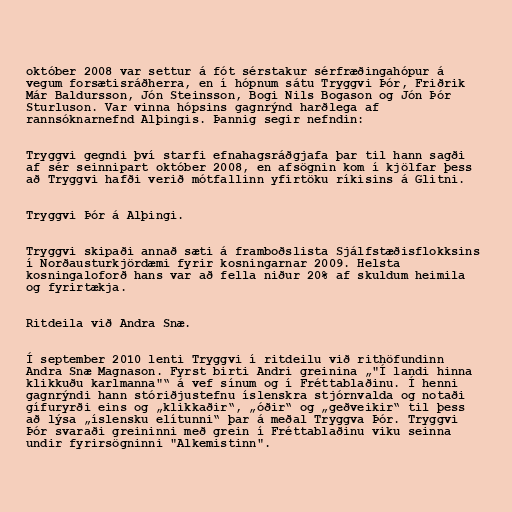
október 2008 var settur á fót sérstakur sérfræðingahópur á
vegum forsætisráðherra, en í hópnum sátu Tryggvi Þór, Friðrik
Már Baldursson, Jón Steinsson, Bogi Nils Bogason og Jón Þór
Sturluson. Var vinna hópsins gagnrýnd harðlega af
rannsóknarnefnd Alþingis. Þannig segir nefndin:

Tryggvi gegndi því starfi efnahagsráðgjafa þar til hann sagði
af sér seinnipart október 2008, en afsögnin kom í kjölfar þess
að Tryggvi hafði verið mótfallinn yfirtöku ríkisins á Glitni.

Tryggvi Þór á Alþingi.

Tryggvi skipaði annað sæti á framboðslista Sjálfstæðisflokksins
í Norðausturkjördæmi fyrir kosningarnar 2009. Helsta
kosningaloforð hans var að fella niður 20% af skuldum heimila
og fyrirtækja.

Ritdeila við Andra Snæ.

Í september 2010 lenti Tryggvi í ritdeilu við rithöfundinn
Andra Snæ Magnason. Fyrst birti Andri greinina „"Í landi hinna
klikkuðu karlmanna"“ á vef sínum og í Fréttablaðinu. Í henni
gagnrýndi hann stóriðjustefnu íslenskra stjórnvalda og notaði
gífuryrði eins og „klikkaðir“, „óðir“ og „geðveikir“ til þess
að lýsa „íslensku elítunni“ þar á meðal Tryggva Þór. Tryggvi
Þór svaraði greininni með grein í Fréttablaðinu viku seinna
undir fyrirsögninni "Alkemistinn".